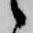
候